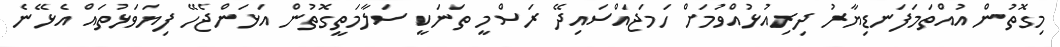
މިގޮތުން އުއްތަމަފަނޑިޔާރު ދިރިއުޅުއްވުމަށް ހަމަޖައްސައިދޭ ރަސްމީ ތަނަކީ ސަލާމަތީގޮތުން އަޅަންޖެހޭ ފިޔަވަޅުތައް އެޅޭނެ